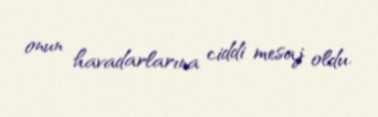
onun havadarlarına ciddi mesaj oldu.